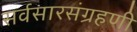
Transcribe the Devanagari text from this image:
सर्वसारसंग्रहणी